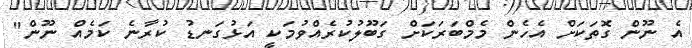
އެ ނޫން ގޮތަކަށް އެހެން މެމްބަރަކަށް ގަބޫލުކުރެއްވުމަކީ އަޅުގަނޑު ކުރާނެ ކަމެއް ނޫން"